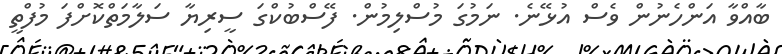
ބާއްވާ އަންހެނުން ވެސް އުޅޭނެ. ނަމުގަ މުސްލިމުން. ފޭސްބުކްގަ ސީރިޔާ ސަލާމަތްކޮށްފަ މުފްތީ